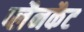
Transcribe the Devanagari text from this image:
प्लैनकैट